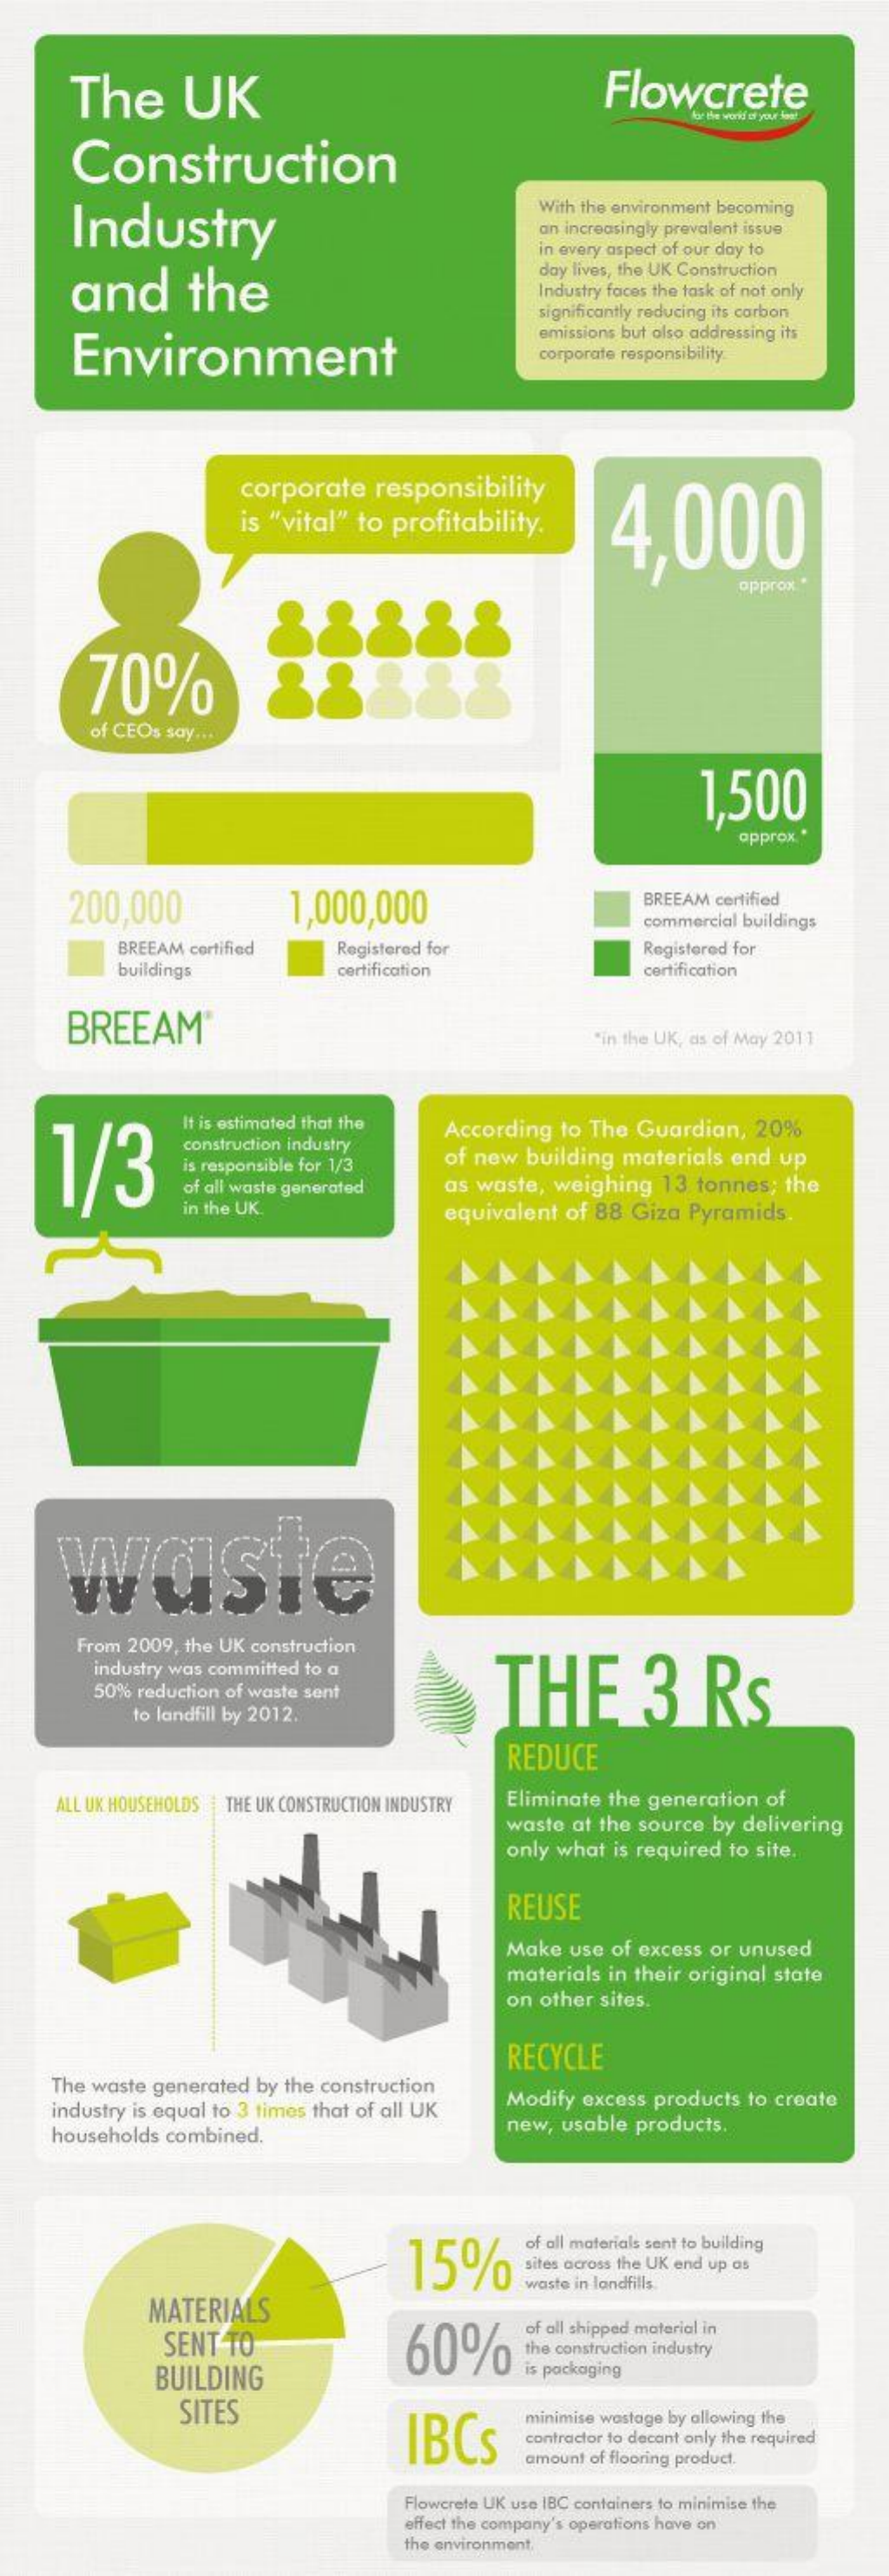
The    UK    Flowcrete
     Construction
     Industry
     With the environment becoming
     an increasingly prevalent issue
     in every aspect of our day to
     and    the
     day lives, the UK Construction
     Industry faces the task of not only
     significantly reducing its carbon
     Environment
     emissions but also addressing its
     corporate responsibility
     corporate   responsibility
     is "vital" to profitability.    4,000
     approx
     70%
     of CEOs say ...
     1,500
     approx .
     200,000    1,000,000    BREEAM certified
     commercial buildings
     BREEAM cortified  Registered for    Registered for
     buildings    certification    certification
     BREEAM
     "in the UK, as of May 2011
     1/3
     It is estimated that the According to The Guardian, 20%
     construction industry
     is responsible for 1/3 of new building materials end up
     of all waste generated as waste, weighing 13 tonnes; the
     in the UK.    equivalent of 88 Giza Pyramids.
     From 2009, the UK construction
     industry was committed to a
     THE    3   Rs 50% reduction of waste sent
     to landfill by 2012.
     REDUCE
     ALL UK HOUSEHOLDS THE UK CONSTRUCTION INDUSTRY Eliminate the generation of
     waste at the source by delivering
     only what is required to site.
     REUSE
     Make use of excess or unused
     materials in their original state
     on other sites.
     RECYCLE
     The waste generated by the construction
     industry is equal to 3 times that of all UK Modify excess products to create
     households combined.    new, usable products.
     15%
     of all materials sent to building
     sites across the UK end up as
     MATERIALS
     waste in landfills
     SENT TO    60%
     of all shipped material in
     BUILDING
     the construction industry
     is packaging
     SITES
     IBCs
     minimise wastage by allowing the
     contractor to decant only the required
     amount of flooring product.
     Flowcrete UK use IBC containers to minimise the
     effect the company's operations have on
     the environment,